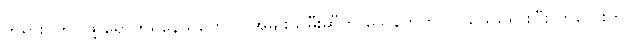
ဘုရားဝတ်ပြုဖို့ ရောက်ရှိနေသူတွေက အမျိုးသမီးဆီက သေနတ်ကို လုယူဖယ်ရှားပြီး ကလေးကို